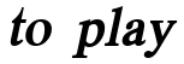
to play